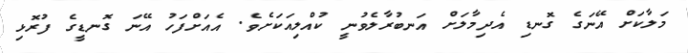
މަލާކަށް އޭނަގެ ގޮނޑި އެދިމާލަށް އަނބުރާލެވުނީ ކުއްލިއަކަށެވެ. އެއަށްފަހު އޭނަ ގޮނޑީގެ ފުރޮޅި